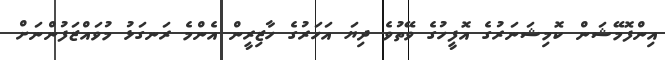
އިންފޮމޭޝަން ކޮމިޝަނަރުގެ އޮފީހުގެ ވޭތުވެ ދިޔަ އަހަރުގެ ހާޒިރީން އެންމެ ރަނގަޅު މުވައްޒަފުންނަށް